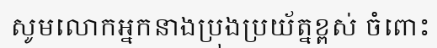
សូមលោកអ្នកនាងប្រុងប្រយ័ត្នខ្ពស់ ចំពោះ